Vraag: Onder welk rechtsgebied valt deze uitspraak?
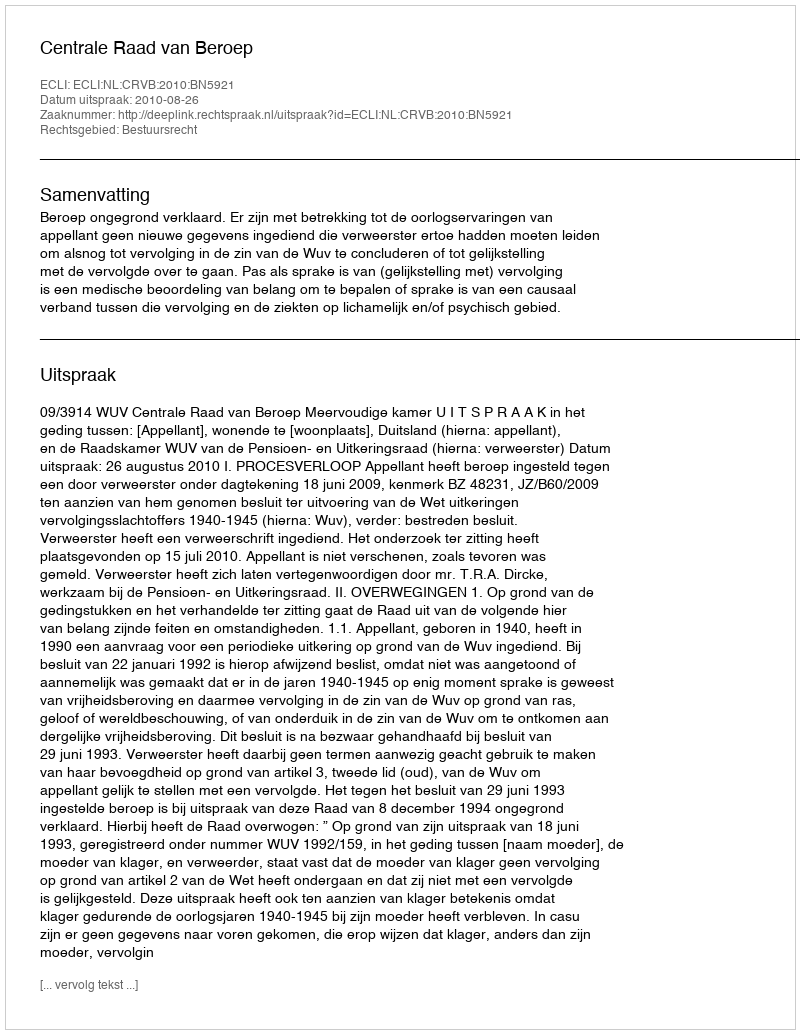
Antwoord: Bestuursrecht